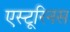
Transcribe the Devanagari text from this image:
एस्टूरिनस